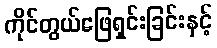
ကိုင်တွယ်ဖြေရှင်းခြင်းနှင့်